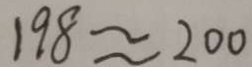
1 9 8 \approx 2 0 0